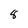
Character: 8